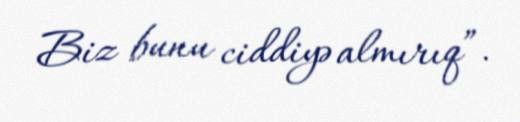
Biz bunu ciddiyə almırıq”.